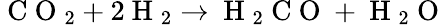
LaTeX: \mathrm{~C~O~}_{2}+2\mathrm{~H~}_{2}\rightarrow\mathrm{~H~}_{2}\mathrm{~C~O~}+\mathrm{~H~}_{2}\mathrm{~O~}